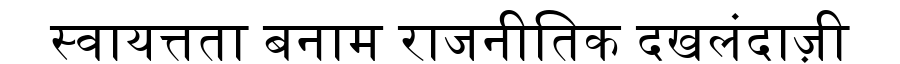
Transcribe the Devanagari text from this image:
स्वायत्तता बनाम राजनीतिक दखलंदाज़ी